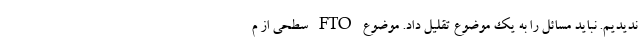
ندیدیم. نباید مسائل را به یک موضوع تقلیل داد. موضوع FTO سطحی از م